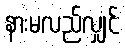
နားမလည်လျှင်